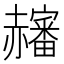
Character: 𧺀